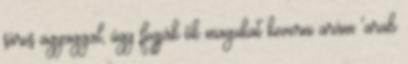
sáros agyaggal, úgy fogják ők magukat keverni arám 'arab